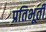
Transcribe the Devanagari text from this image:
प्रतिभूती